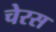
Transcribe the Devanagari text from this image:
चेरस